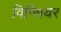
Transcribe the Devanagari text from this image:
विन्सियर